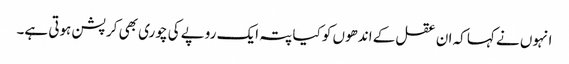
انہوں نے کہا کہ ان عقل کے اندھوں کو کیا پتہ ایک روپے کی چوری بھی کرپشن ہوتی ہے۔